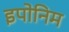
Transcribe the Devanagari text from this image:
इपोनिम